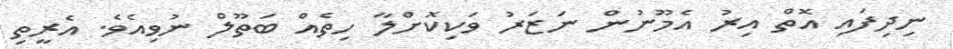
ނިދިފައި އޮތް އިރު އެމޫނުން ނަޒަރު ވަކިކޮށްލާ ހިތެއް ބަތޫލް ނުވިއެވެ. އެރީތި